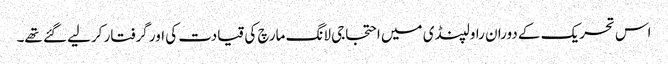
اس تحریک کے دوران راولپنڈی میں احتجاجی لانگ مارچ کی قیادت کی اور گرفتار کرلیے گئے تھے۔